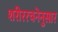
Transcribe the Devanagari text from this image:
शरीररचनेनुसार